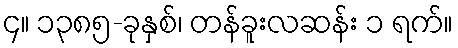
၄။ ၁၃၈၅-ခုနှစ်၊ တန်ခူးလဆန်း ၁ ရက်။